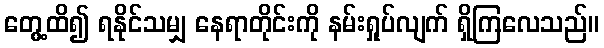
တွေ့ထိ၍ ရနိုင်သမျှ နေရာတိုင်းကို နမ်းရှုပ်လျက် ရှိကြလေသည်။